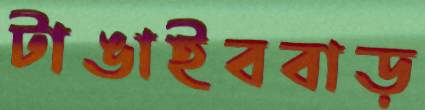
টাঙাইববাড়